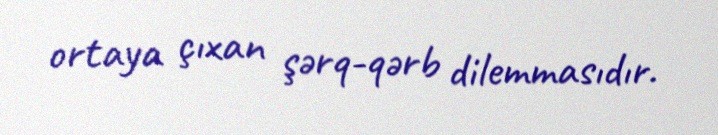
ortaya çıxan şərq-qərb dilemmasıdır.